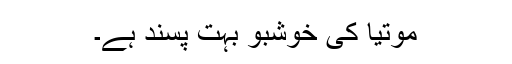
موتیا کی خوشبو بہت پسند ہے۔